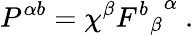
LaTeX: P^{\alpha b}=\chi^{\beta}{{F^{b}}_{\beta}}^{\alpha}\ .